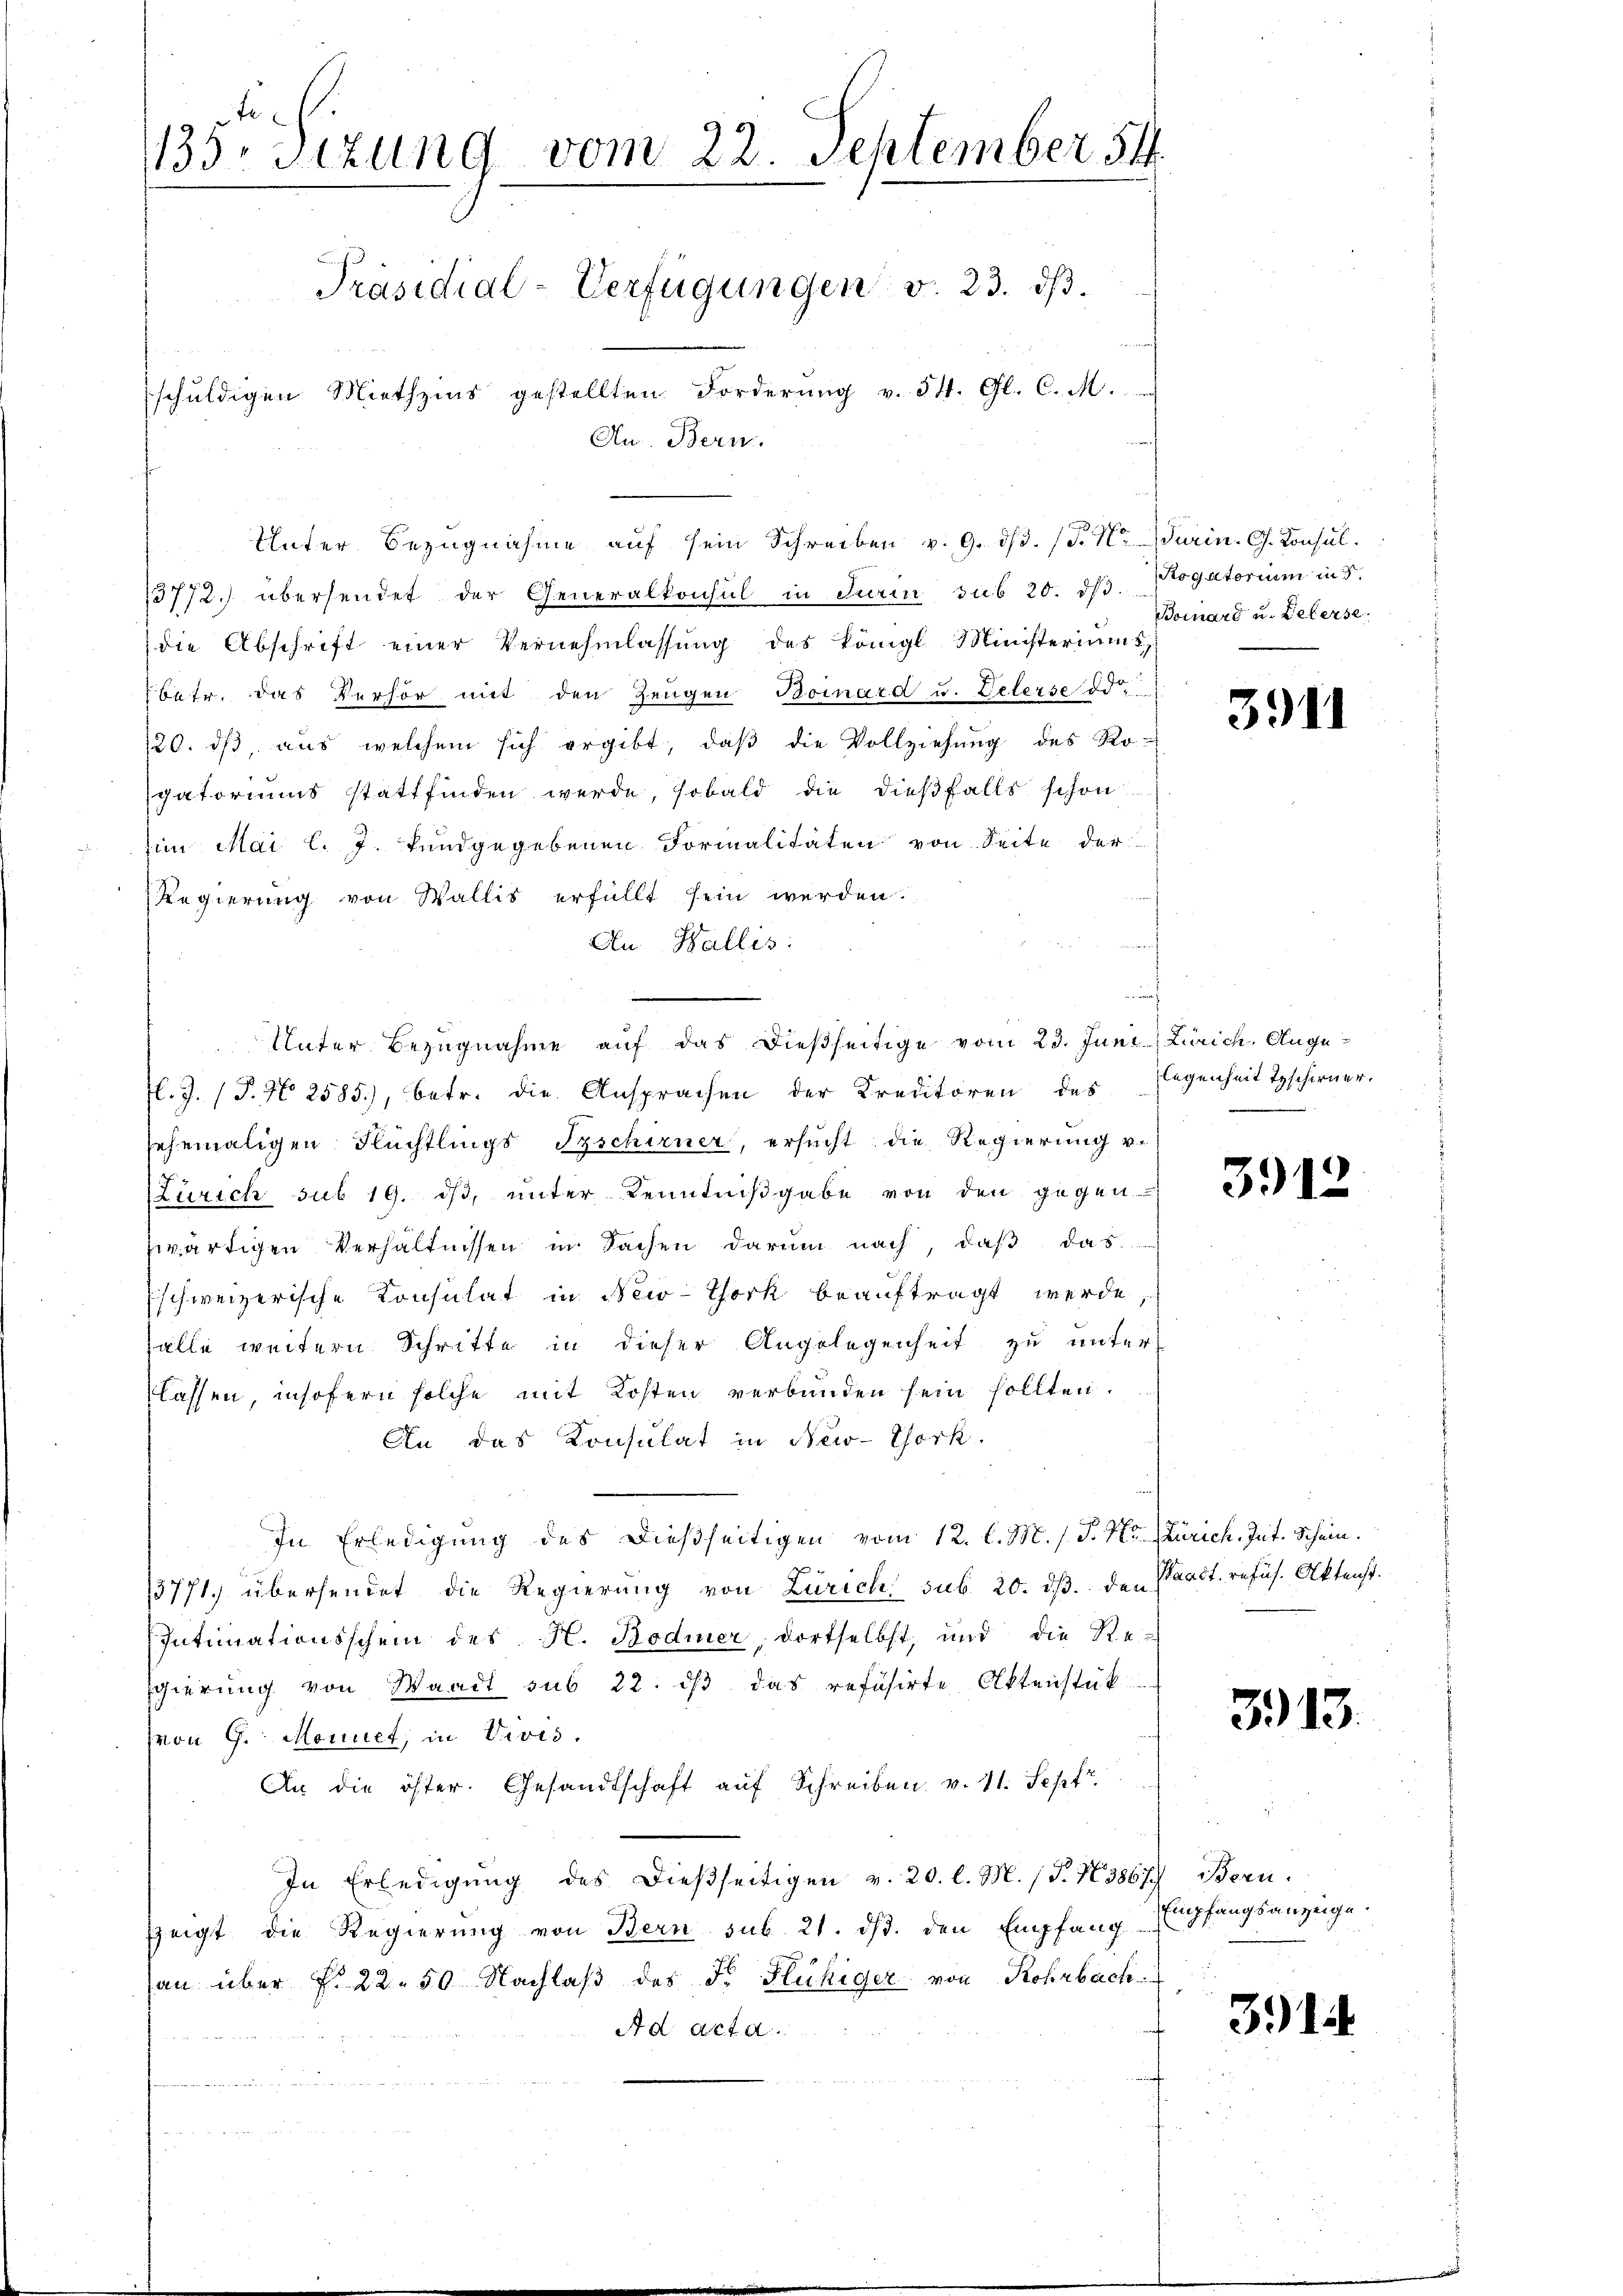
1135 sizung vom 22. September 54
Präsidial-Verfügungen v. 23. ds.
schuldigen Miethzins gestellten Forderung v. 34. Gl. C. M.
Au. Bern.

Unter Bezugnahme auf sein Schreiben v. 9. ds. (T. N. Marin. G. Konsul

13772.) übersendet der Generalkonsul in Turin sub 20. dβ. Pogatorium in 5.
die Abschrift einer Vernehmlassung des Königl Ministeriums,
betr. das Verhör mit den Zeugen Bornard u. Peterse ode
120. dß, aus welchem sich ergibt, daß die Vollziehung des Ro-
gatoriums stattfinden werde, sobald die dießfalls schon
in Mai l. J. fandgegebenen Formalitäten von Seite der
Regierung von Wallis erfüllt sein werden.
An Wallis:
fl.J. (T. N. 2585), betr. die Ansprachen der Kreditoren des Eigenheit Teschirner-
sehemaligen Flüchtlings Tschirner, ersucht die Regierung v.
Zürich sub 19. ds, unter Kenntnißgabe von den gegen
zwärtigen Verhältnissen in Sachen darum nach, daß das
schweizerische Konsulat in New-York beauftragt werde
salle weitern Schritte in dieser Angelegenheit zu unter
Classen insofern solche mit Kosten verbunden sein sollten.
An das Konsulat in New-York.
In Erledigung des dießseitigen vom 12. l. M. h. T. 4t Zürich. Int. Schein.
13771) übersendet die Regierung von Zürich sub. 20. ds. den Waadt. refus. Aktenst.
Intimationsschein des H. Bodmer, dortselbst, und die Re-
sgierung von Waadt sub 22. dβ das refüsirte Aktenstük
(von G. Monnet, in Vivis.
An die öster. Gesandtschaft auf Schreiben v. 11. Sept.
In Erledigŭng des dießseitigen v. 20. l. M. (T. N. 3867 isern.
zeigt die Regierung von Bern sub. 21. ds. den Empfang empfangsanzeige.
an über §. 22.50 Nachlaß des Fr. Fluhiger von Rohrbach
Ad acta.
.
u

Unter Bezugnahme auf das dießseitige vom 23. Juni, Zürich, Ange¬

i

Bornard u. Belerse

3911

3912

3.13.

314